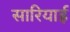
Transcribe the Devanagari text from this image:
सारियाई